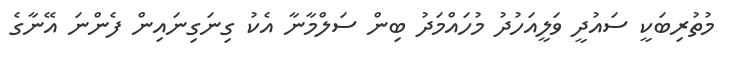
މުތުރިބަކީ ސައުދީ ވަލީއަހުދު މުހައްމަދު ބިން ސަލްމާނާ އެކު ގިނަގިނައިން ފެންނަ އޭނާގެ